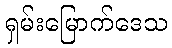
ရှမ်းမြောက်ဒေသ